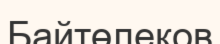
Байтөлеков